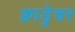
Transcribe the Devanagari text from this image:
क्वाड्रेचर